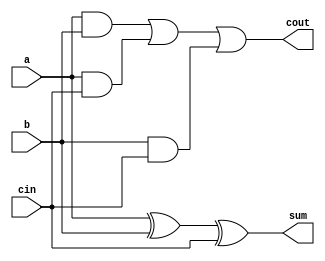


module full_adder(
    output cout,sum,
    input cin,a,b
    );
    wire [2:0]w;
    xor x1(sum,a,b,cin);
    and orr1(w[0],a,b);
    and orr2(w[1],a,cin);
    and orr3(w[2],b,cin);
    or o1(cout,w[0],w[1],w[2]);
    
    
endmodule